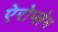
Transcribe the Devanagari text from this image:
ऐरोप्लेन